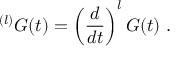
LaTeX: { } ^ { ( l ) } G ( t ) = \left( { \frac { d } { d t } } \right) ^ { l } G ( t ) \ .